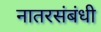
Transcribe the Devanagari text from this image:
नातरसंबंधी